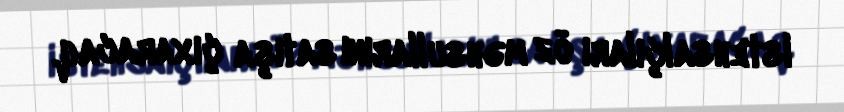
istehsalçıları öz məhsullarını satışa çıxaracaq.